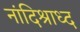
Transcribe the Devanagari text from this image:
नांदिश्राध्द